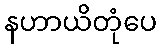
နဟာယိတုံပေ